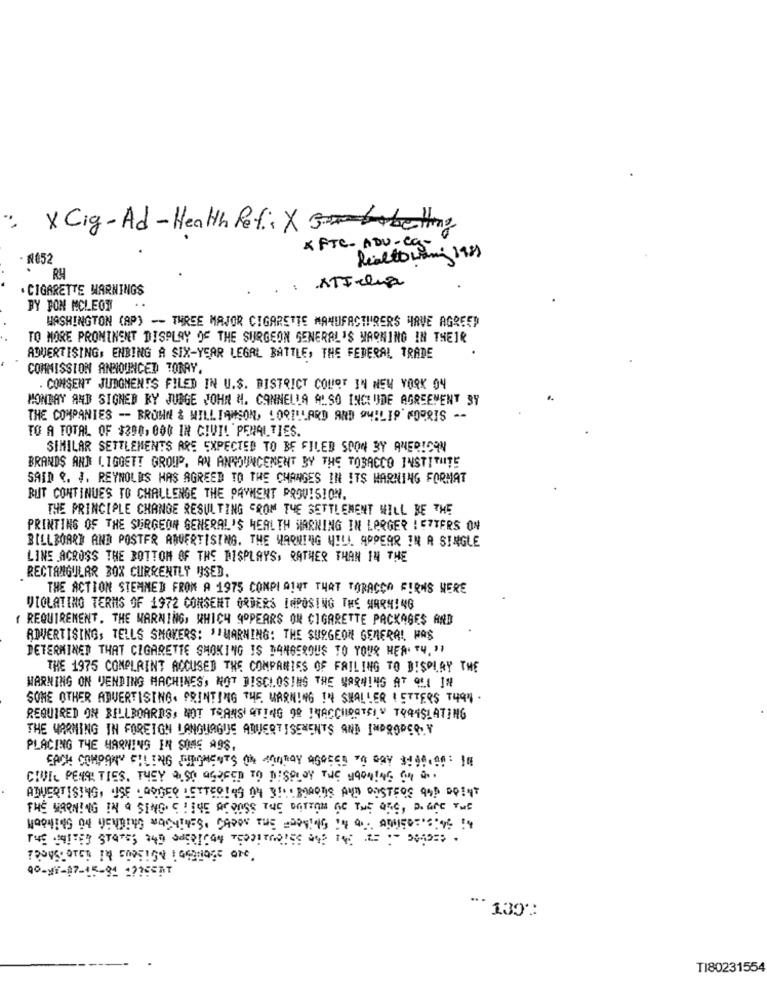
x Cig-Ad-Health Ref .: X
* FTC- ADU-Cq- @
N052
Realtowany 1981
Ry
. CIGARETTE WARNINGS
: ATIceua
BY YON MCLEOT
WASHINGTON (AP) -- THREE MAJOR CIGARETTE MANUFACTURERS HAVE AGREED
TO MORE PROMINENT DISPLAY OF THE SURGEON GENERAL'S WARNING IN THEIR
ADVERTISING, ENBING A SIX-YEAR LEGAL BATTLE, THE FEDERAL TRADE
COMMISSION ANNOUNCED TORAY,
. CONSENT JUDGMENTS FILED IN U.S. DISTRICT COURT IN NEW YORK 04
MONDAY AND SIGNED RY JUNGE JOHN H. CANNELLA ALSO INCLUDE AGREEMENT SY
THE COMPANIES -- BRONN & WILLIAMSON, LORILLARD AND OMBLIP' MORRIS --
TO A TOTAL OF $390, 000 IN CIVIL PENALTIES.
SIMILAR SETTLEMENTS ARE EXPECTED TO BE FILED SOON BY AMERICAN
BRANDS AND LIGGETT GROUP. AN ANNOUNCEMENT BY THE TOBACCO INSTITUTE
SAID . J. REYNOLDS HAS AGREED TO THE CHANGES IN ITS WARNING FORMAT
BUT CONTINUES TO CHALLENGE THE PAYMENT PROVISION.
THE PRINCIPLE CHANGE RESULTING FROM THE SETTLEMENT WILL BE THE
PRINTING OF THE SURGEON GENERAL'S HEALTH MARNING IN LARGER ! ETTERS ON
BILLBOARD AND POSTER ADVERTISING. THE WARNING WILL APPEAR IN A SINGLE
LINE ACROSS THE BOTTOM OF THE DISPLAYS, RATHER THAN 14 THE
RECTANGULAR BOX CURRENTLY USED.
THE ACTION STEMMED FROM A 1975 COMPL AINT THAT TORACCO FIRMS WERE
VIOLATING TERMS OF 1972 CONSENT ORDERS IMPOSING THE WARNING
( REQUIREMENT. THE WARNING, WHICH APPEARS ON CIGARETTE PACKAGES AND
ADVERTISING, TELLS SMOKERS: "WARNING: THE SURGEON GENERAL WAS
DETERMINED THAT CIGARETTE SMOKING IS DANGEROUS TO YOUR HER. TH. "
THE 1975 COMPLAINT ACCUSED THE COMPANIES OF FAILING TO DISPLAY THE
WARNING ON VENDING MACHINES, NOT DISCLOSING THE WARNING AT QUI IN
SOME OTHER ADVERTISING. PRINTING THE WARNING IN SMALLER ( ETTERS THO" .
REQUIRED ON BILLBOARDS, NOT TRANSI ATING 90 INACCURATELY TRANSLATING
THE WARNING IN FOREIGN LANGUAGUS ADVERTISEMENTS AND IMPROPERLY
PLACING THE WARNING IN SOME A98.
CIVIL PENALTIES. THEY ALSO AGREED TO DISPLAY THE 4900!46 ay a ..
THE WARNING IN A SINGLE ! I'VE ACROSS THE DATION AC THE ORG, DI are THE
TROUSLOTER IN FOREIGN : GRENAGE OFE.
00-yr-17-15-94 = ?? 55AT
130℃
TI80231554